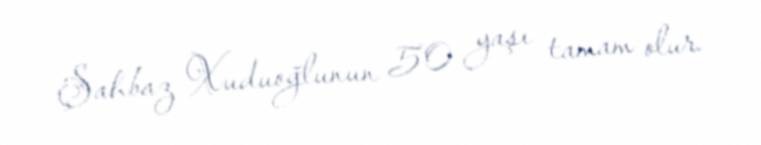
Şahbaz Xuduoğlunun 50 yaşı tamam olur.